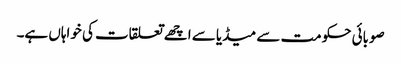
صوبائی حکومت سے میڈیا سے اچھے تعلقات کی خواہاں ہے۔